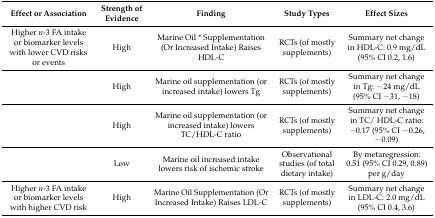
<table><thead><tr><td><b>Effect or Association</b></td><td><b>Strength of Evidence</b></td><td><b>Finding</b></td><td><b>Study Types</b></td><td><b>Effect Sizes</b></td></tr></thead><tbody><tr><td>Higher <i>n</i>-3 FA intake or biomarker levels with lower CVD risks or events</td><td>High</td><td>Marine Oil * Supplementation (Or Increased Intake) Raises HDL-C</td><td>RCTs (of mostly supplements)</td><td>Summary net change in HDL-C: 0.9 mg/dL (95% CI 0.2, 1.6)</td></tr><tr><td></td><td>High</td><td>Marine oil supplementation (or increased intake) lowers Tg</td><td>RCTs (of mostly supplements)</td><td>Summary net change in Tg: −24 mg/dL (95% CI −31, −18)</td></tr><tr><td></td><td>High</td><td>Marine oil supplementation (or increased intake) lowers TC/HDL-C ratio </td><td>RCTs (of mostly supplements)</td><td>Summary net change in TC/ HDL-C ratio: −0.17 (95% CI −0.26, −0.09)</td></tr><tr><td></td><td>Low</td><td>Marine oil increased intake lowers risk of ischemic stroke</td><td>Observational studies (of total dietary intake)</td><td>By metaregression: 0.51 (95% CI 0.29, 0.89) per g/day</td></tr><tr><td>Higher <i>n</i>-3 FA intake or biomarker levels with higher CVD risk</td><td>High</td><td>Marine Oil Supplementation (Or Increased Intake) Raises LDL-C</td><td>RCTs (of mostly supplements)</td><td>Summary net change in LDL-C: 2.0 mg/dL (95% CI 0.4, 3.6)</td></tr></tbody></table>